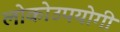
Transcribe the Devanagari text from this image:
लोकोउपयोगी